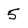
Character: 5